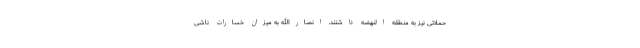
حملاتی نیز به منطقه النهضه داشتند. انصارالله به میزان خسارات ناشی